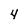
Character: 4